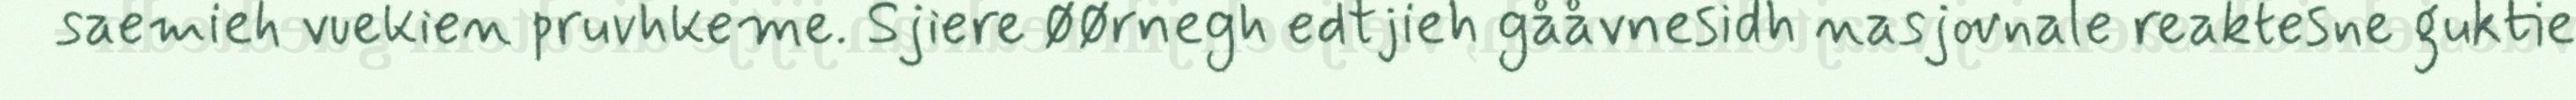
saemieh vuekien pruvhkeme. Sjiere øørnegh edtjieh gååvnesidh nasjovnale reaktesne guktie